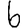
Digit: 6